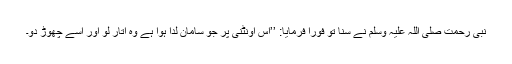
نبی رحمت صلی اللہ علیہ وسلم نے سنا تو فوراً فرمایا: ’’اس اونٹنی پر جو سامان لدا ہوا ہے وہ اتار لو اور اسے چھوڑ دو۔